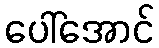
ပေါ်အောင်